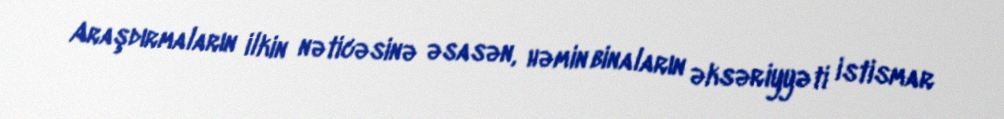
Araşdırmaların ilkin nəticəsinə əsasən, həmin binaların əksəriyyəti istismar